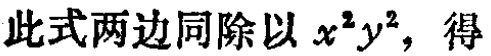
此式两边同除以 \(x^{2}y^{2}\)，得